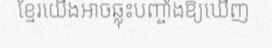
ខ្មែរយើងអាចឆ្លុះបញ្ចាំងឱ្យឃើញ